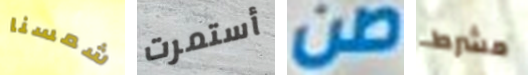
شمسنا أستمرت صن مشرط